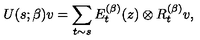
U ( s ; \beta ) v = \sum _ { t \sim s } E _ { t } ^ { ( \beta ) } ( z ) \otimes R _ { t } ^ { ( \beta ) } v ,